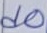
Text: d0